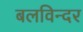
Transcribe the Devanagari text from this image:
बलविन्दर